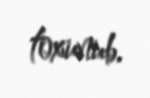
toxunub.